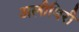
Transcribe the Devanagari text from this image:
अलीघिरी